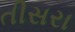
તીસરા